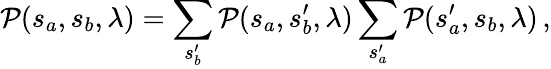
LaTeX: {\cal P}(s_{a},s_{b},\lambda)=\sum_{s_{b}^{\prime}}{\cal P}(s_{a},s_{b}^{\prime},\lambda)\sum_{s_{a}^{\prime}}{\cal P}(s_{a}^{\prime},s_{b},\lambda)\, ,